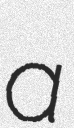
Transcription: a